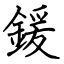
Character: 鍰